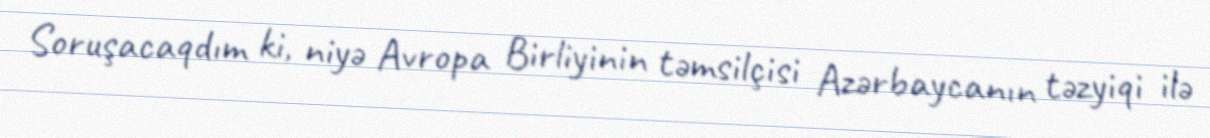
Soruşacaqdım ki, niyə Avropa Birliyinin təmsilçisi Azərbaycanın təzyiqi ilə